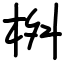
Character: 桝